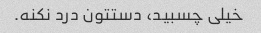
خیلی چسبید، دستتون درد نکنه.